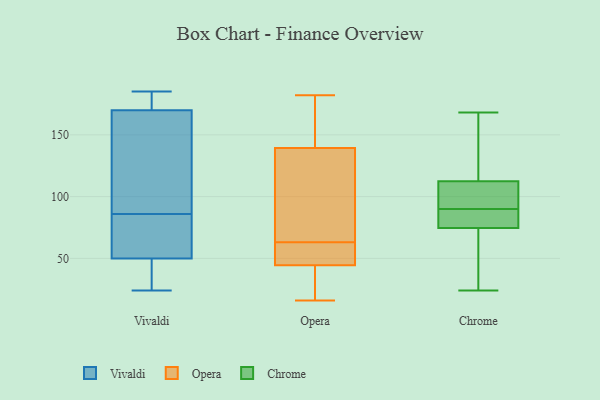
{"axis": {"x": "Population (Million)", "y": "Value"}, "legend": ["Chrome", "Opera", "Vivaldi"], "data": [{"x": "", "y": 84, "type": "Vivaldi"}, {"x": "", "y": 177, "type": "Vivaldi"}, {"x": "", "y": 185, "type": "Vivaldi"}, {"x": "", "y": 131, "type": "Vivaldi"}, {"x": "", "y": 38, "type": "Vivaldi"}, {"x": "", "y": 36, "type": "Vivaldi"}, {"x": "", "y": 53, "type": "Vivaldi"}, {"x": "", "y": 170, "type": "Vivaldi"}, {"x": "", "y": 131, "type": "Vivaldi"}, {"x": "", "y": 99, "type": "Vivaldi"}, {"x": "", "y": 171, "type": "Vivaldi"}, {"x": "", "y": 170, "type": "Vivaldi"}, {"x": "", "y": 62, "type": "Vivaldi"}, {"x": "", "y": 52, "type": "Vivaldi"}, {"x": "", "y": 86, "type": "Vivaldi"}, {"x": "", "y": 44, "type": "Vivaldi"}, {"x": "", "y": 24, "type": "Vivaldi"}, {"x": "", "y": 104, "type": "Opera"}, {"x": "", "y": 40, "type": "Opera"}, {"x": "", "y": 59, "type": "Opera"}, {"x": "", "y": 98, "type": "Opera"}, {"x": "", "y": 46, "type": "Opera"}, {"x": "", "y": 16, "type": "Opera"}, {"x": "", "y": 62, "type": "Opera"}, {"x": "", "y": 35, "type": "Opera"}, {"x": "", "y": 113, "type": "Opera"}, {"x": "", "y": 182, "type": "Opera"}, {"x": "", "y": 25, "type": "Opera"}, {"x": "", "y": 146, "type": "Opera"}, {"x": "", "y": 61, "type": "Opera"}, {"x": "", "y": 137, "type": "Opera"}, {"x": "", "y": 63, "type": "Opera"}, {"x": "", "y": 148, "type": "Opera"}, {"x": "", "y": 151, "type": "Opera"}, {"x": "", "y": 86, "type": "Chrome"}, {"x": "", "y": 109, "type": "Chrome"}, {"x": "", "y": 75, "type": "Chrome"}, {"x": "", "y": 100, "type": "Chrome"}, {"x": "", "y": 65, "type": "Chrome"}, {"x": "", "y": 68, "type": "Chrome"}, {"x": "", "y": 82, "type": "Chrome"}, {"x": "", "y": 156, "type": "Chrome"}, {"x": "", "y": 94, "type": "Chrome"}, {"x": "", "y": 168, "type": "Chrome"}, {"x": "", "y": 100, "type": "Chrome"}, {"x": "", "y": 77, "type": "Chrome"}, {"x": "", "y": 126, "type": "Chrome"}, {"x": "", "y": 96, "type": "Chrome"}, {"x": "", "y": 24, "type": "Chrome"}, {"x": "", "y": 74, "type": "Chrome"}, {"x": "", "y": 166, "type": "Chrome"}, {"x": "", "y": 82, "type": "Chrome"}, {"x": "", "y": 43, "type": "Chrome"}, {"x": "", "y": 116, "type": "Chrome"}]}